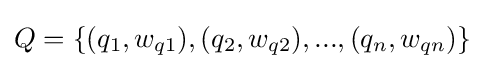
{\textstyle Q=\{(q_{1},w_{q1}),(q_{2},w_{q2}),...,(q_{n},w_{qn})\}}